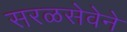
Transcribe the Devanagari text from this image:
सरळसेवेने